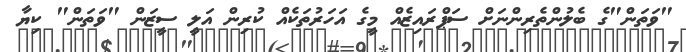
"ވަތަން"ގެ ބެލުންތެރިންނަށް ސަޕްރައިޒެއް މީގެ އަހަރުތަކެއް ކުރިން އަލީ ސީޒަން "ވަތަން" ކިޔާ